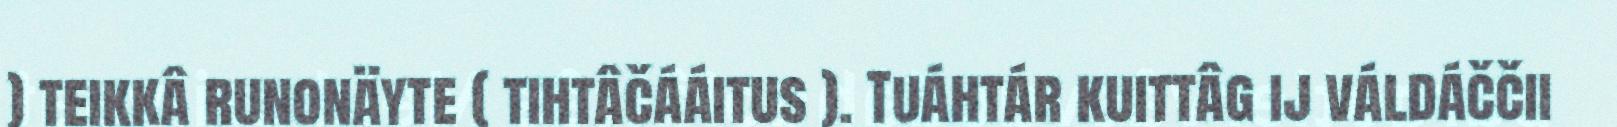
) teikkâ runonäyte ( tihtâčááitus ). Tuáhtár kuittâg ij váldáččii